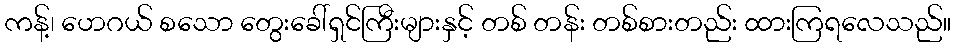
ကန့်၊ ဟေဂယ် စသော တွေးခေါ်ရှင်ကြီးများနှင့် တစ် တန်း တစ်စားတည်း ထားကြရလေသည်။